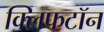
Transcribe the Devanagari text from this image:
क्लिफटॉन